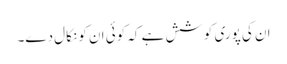
ان کی پوری کوشش ہے کہ کوئی ان کو نکال دے۔